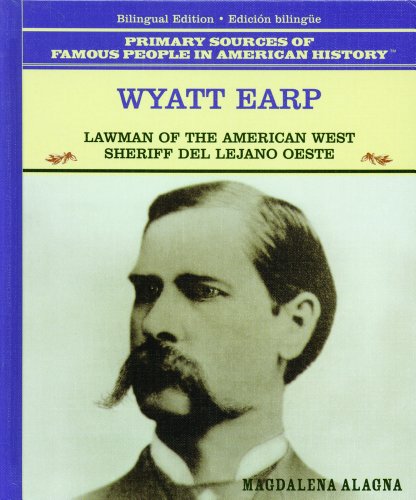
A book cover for Wyatt Earp: Lawman of the American West : Sheriff Del Lejano Oeste (Famous People in American History) (Spanish Edition); Magdalena Alagna; Children's Books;